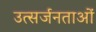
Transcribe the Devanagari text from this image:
उत्सर्जनताओं